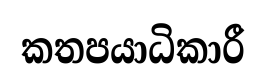
කතපයාධිකාරී